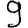
Digit: 9